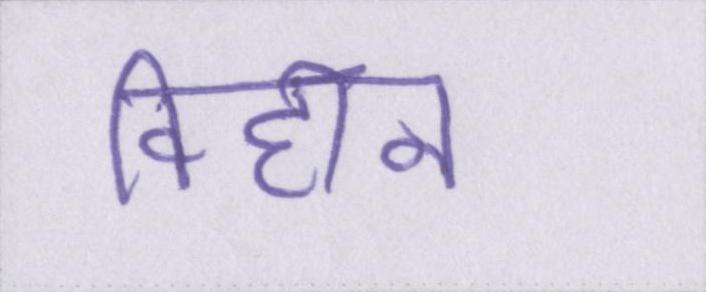
विहीन